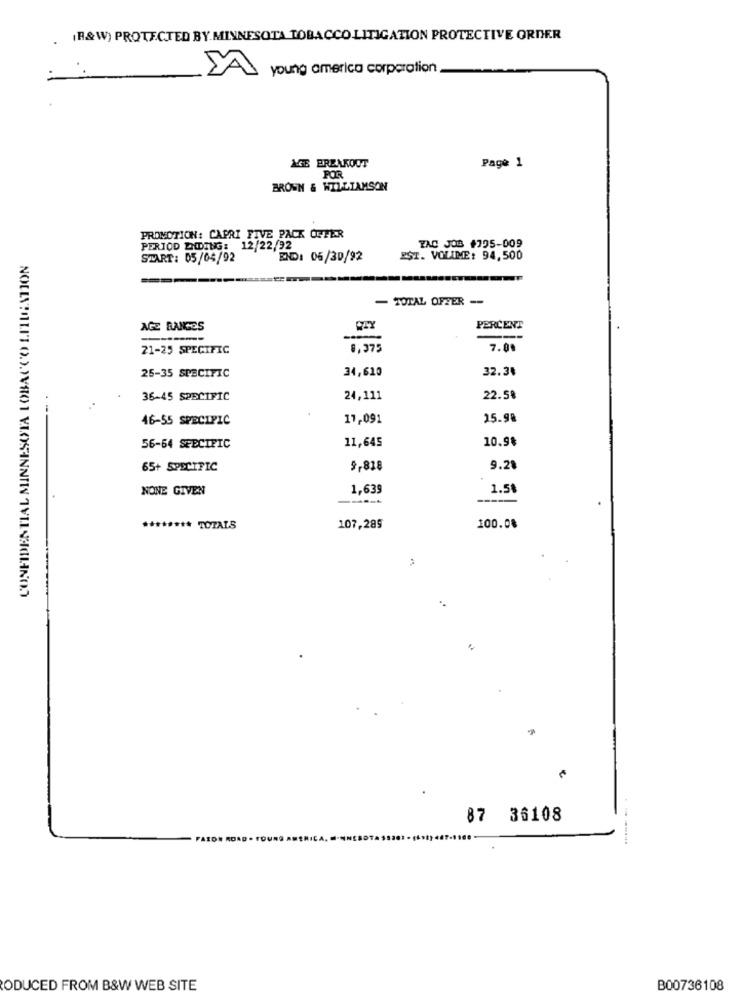
(R&W) PROTECTED BY MINNESOTA TOBACCO LITIGATION PROTECTIVE ORDER
young america corporation
AGE BREAKOUT
Page 1
POR
BROWN & WILLIAMSON
PROMOTION: CAPRI FIVE PACK OFFER
ZAC JOB +795-009
PERIOD DODING: 12/22/92
CONFIDENTIAL MINNESOTA LOBACCO LITIGATION
START: 05/04/92
END: 06/30/92
PST. VOLIME: 94,500
- TOTAL OFFER --
AGE RANGES
PERCENT
21-25 SPECIFIC
8,375
7.00
25-35 SPECIFIC
34,620
32.34
36-45 SPECIFIC
24,111
22.5%
46-55 SPECIFIC
17,091
25.98
11,645
10.98
56-64 SPECIFIC
65+ SPECIFIC
9,838
9.28
NONE GIVEN
1,639
1.58
******** TOTALS
107,289
100.08
87 36108
FAZDE ROAD
ODUCED FROM B&W WEB SITE
B00736108